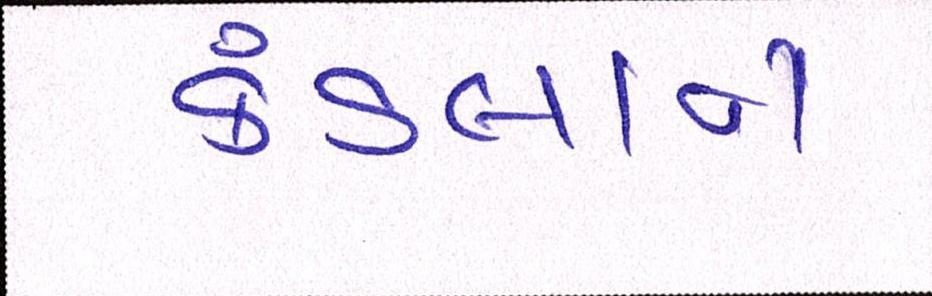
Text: કંડલાના